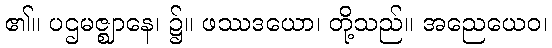
၏။ ပဌမဇ္ဈာနေ၊ ၌။ ဖဿဒယော၊ တို့သည်။ အညေယေဝ၊